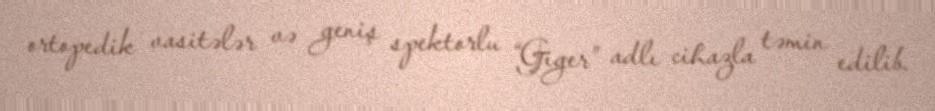
ortopedik vasitələr və geniş spektorlu “Giger” adlı cihazla təmin edilib.